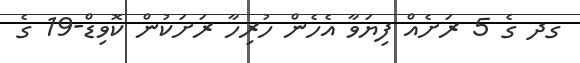
ގދ ގެ 5 ރަށެއް ފިޔަވާ އެހެން ހުރިހާ ރަށަކުން ކޮވިޑް-19 ގެ